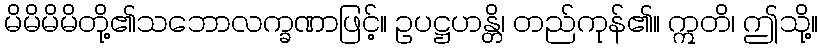
မိမိမိမိတို့၏သဘောလက္ခဏာဖြင့်။ ဥပဋ္ဌဟန္တိ၊ တည်ကုန်၏။ ဣတိ၊ ဤသို့။